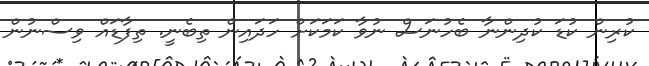
ކުރިން ކުޑަ ކުދިންނާ ބެހުނަސް ނުވާ ކަމަކަށް ހަދައިން ތިބެނީ. ތިފާޑައް ވިސްނުން